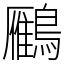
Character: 𪆒